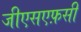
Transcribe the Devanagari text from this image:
जीएसएफ़सी